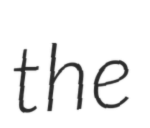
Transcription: the